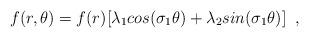
LaTeX: \begin{align*} f(r,\theta)= f(r)[\lambda_{1}cos(\sigma_{1}\theta) +\lambda_{2}sin(\sigma_{1}\theta)] \;\;,\end{align*}